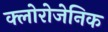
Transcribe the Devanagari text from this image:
क्लोरोजेनिक